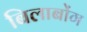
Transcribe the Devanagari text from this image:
बिलाबोंग